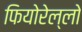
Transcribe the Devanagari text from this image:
फियोरेल्‍लो